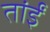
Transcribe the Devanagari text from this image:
तांईं